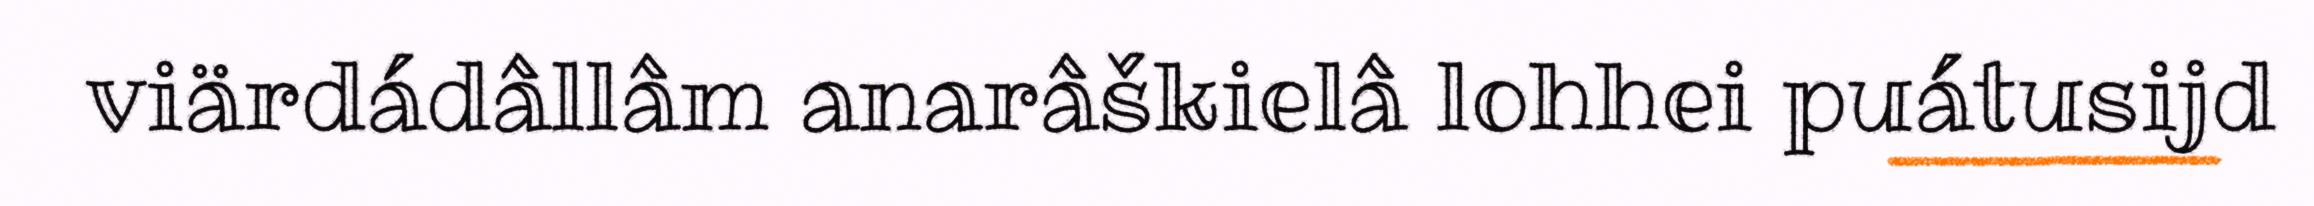
viärdádâllâm anarâškielâ lohhei puátusijd